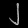
Digit: ၂